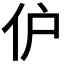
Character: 𬽬